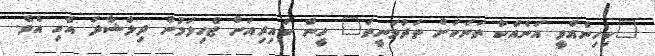
"ކިހިނެއްވީ އަނެއްކާ ތަނަކަށް ތަދުވަނީތަ" ހީން ކައިރިއަށް ޖެހިލަމުން ދިލްޝާދު އެހި އެވެ.